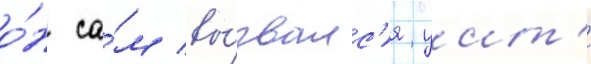
о́н са́м вы́звалс'я уит'и